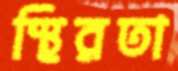
স্থিরতা